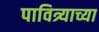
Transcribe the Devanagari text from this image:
पावित्र्याच्या